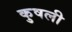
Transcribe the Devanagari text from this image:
कुषली